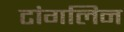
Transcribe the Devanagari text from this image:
टांगलिन